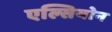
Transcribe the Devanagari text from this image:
एल्सियोन